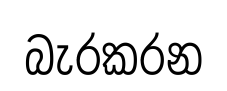
බැරකරන